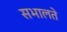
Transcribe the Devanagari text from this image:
सभालते